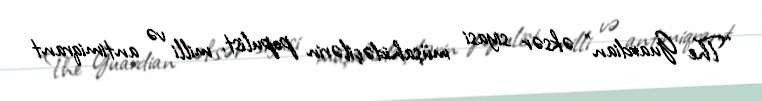
“The Guardian” əksər siyasi müşahidəçilərin populist, milli və antimiqrant